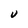
Character: V